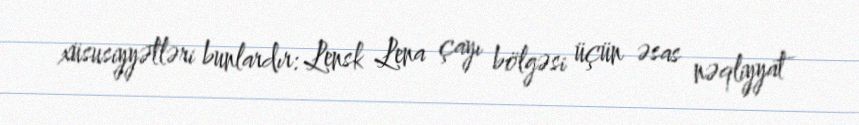
xüsusiyyətləri bunlardır: Lensk Lena çayı bölgəsi üçün əsas nəqliyyat